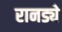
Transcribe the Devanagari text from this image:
रानड्ये